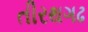
તીરથગઢ